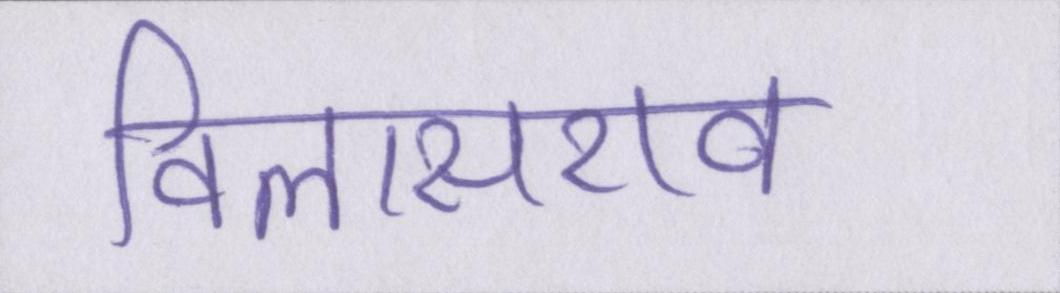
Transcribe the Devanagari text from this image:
विलासराव